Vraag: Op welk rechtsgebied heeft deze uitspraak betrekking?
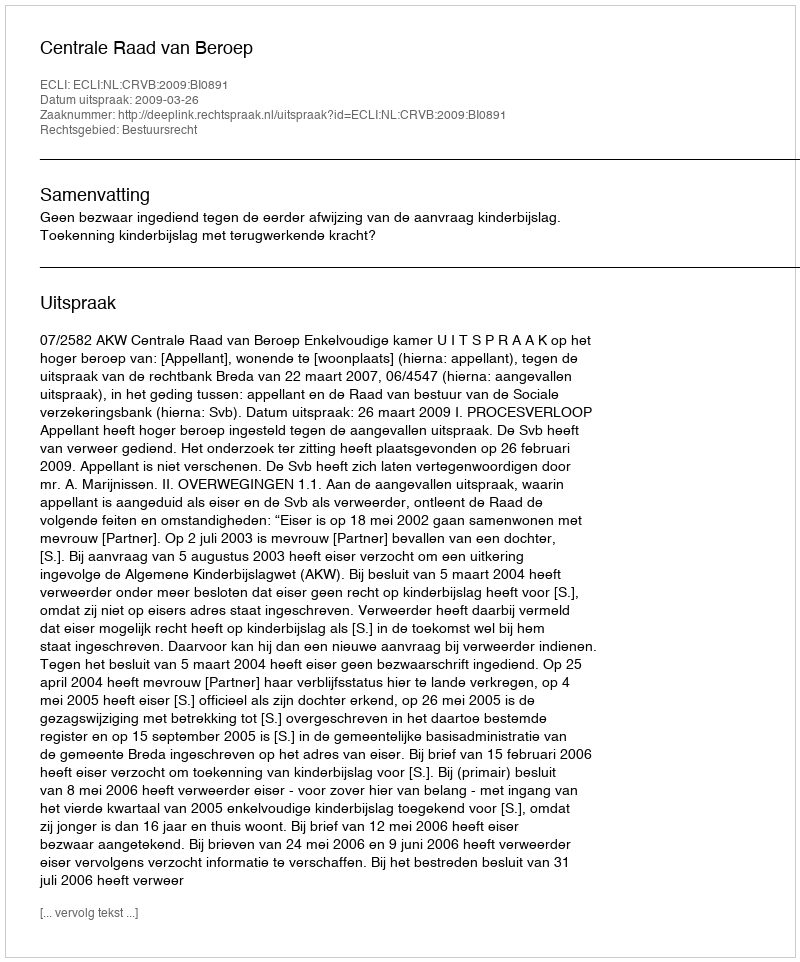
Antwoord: Bestuursrecht